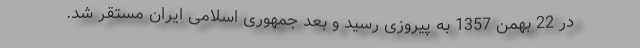
در 22 بهمن 1357 به پیروزی رسید و بعد جمهوری اسلامی ایران مستقر شد.